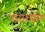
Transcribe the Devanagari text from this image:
नाराशंसेन